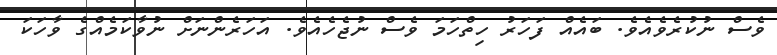
ވެސް ނުކުރެވެއެވެ. ބައެއް ފަހަރު ހިތްހަމަ ވެސް ނުޖެހެއެވެ. އަހަރެންނަށް ނުވާކަމެއްގެ ވާހަކަ